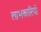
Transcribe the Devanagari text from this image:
लाभकारियों